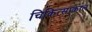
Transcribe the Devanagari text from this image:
चिकित्साकाल